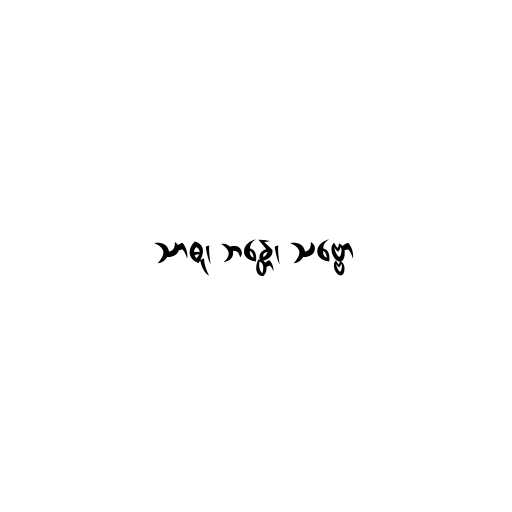
သာဓု၊ ဘန္တေ၊ သဗ္ဗော